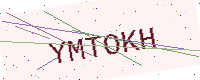
Text: YMTOKH